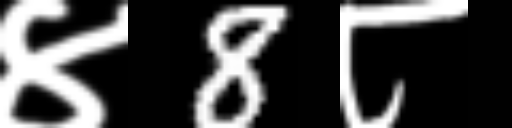
Text: ४8८